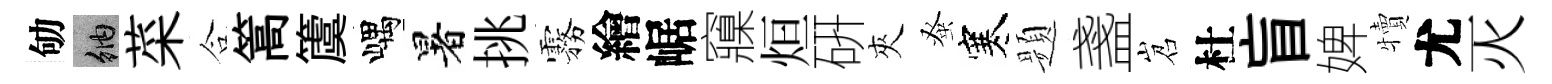
劬納菜合篙𥵂嵎暑挑霧繪崌䆿烜硏夾𫊫寒题盞岧杜盲婢犢尤灭